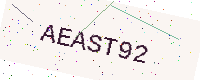
Text: AEAST92